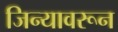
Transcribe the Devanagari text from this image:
जिन्यावरून